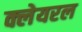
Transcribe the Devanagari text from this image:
क्लेयरल